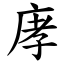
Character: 庨